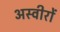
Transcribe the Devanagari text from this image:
अस्वीरों